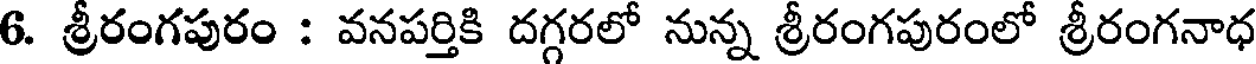
6. శ్రీరంగపురం : వనపర్తికి దగ్గరలో నున్న శ్రీరంగపురంలో శ్రీరంగనాధ